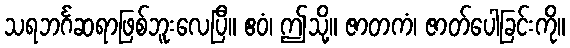
သရဘင်္ဂဆရာဖြစ်ဘူးလေပြီ။ ဧဝံ၊ ဤသို့။ ဇာတကံ၊ ဇာတ်ပေါခြင်းကို။